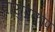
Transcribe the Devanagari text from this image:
वायुप्रकोप